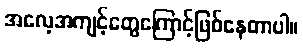
အလေ့အကျင့်တွေကြောင့်ဖြစ်နေတာပါ။